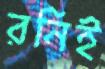
রনিই